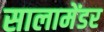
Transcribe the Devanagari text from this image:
सालामेंडर